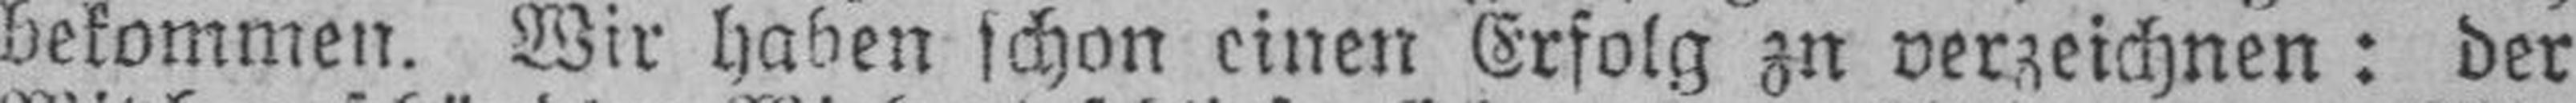
bekommen. Wir haben schon einen Erfolg zu verzeichnen: der